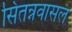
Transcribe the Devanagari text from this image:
सितन्नवासल